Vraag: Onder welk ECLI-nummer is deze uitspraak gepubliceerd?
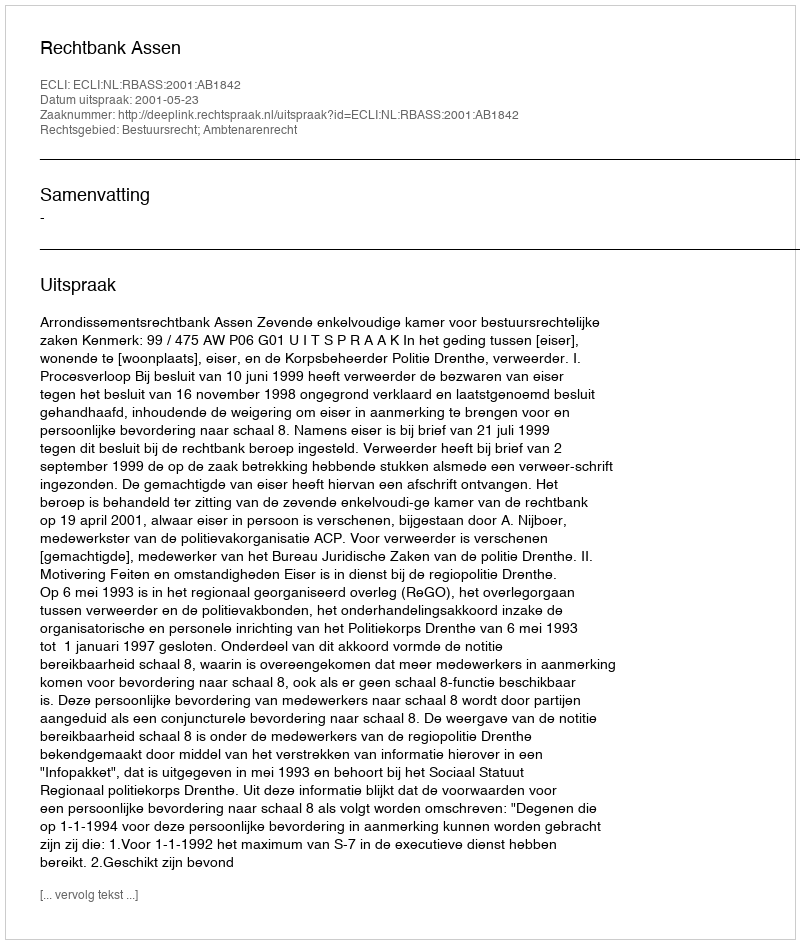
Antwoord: ECLI:NL:RBASS:2001:AB1842